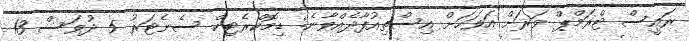
ރައީސް ޓްރަމްޕް ވަރަށް އަވަހަށް އިސްތިއުފާދެއްވާނެ: ޑިމޮކްރެޓިކް ސެނެޓަރު 5 ދުވަސް 13